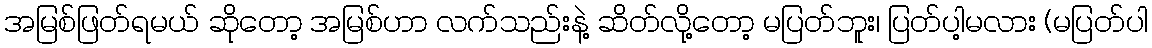
အမြစ်ဖြတ်ရမယ် ဆိုတော့ အမြစ်ဟာ လက်သည်းနဲ့ ဆိတ်လို့တော့ မပြတ်ဘူး၊ ပြတ်ပါ့မလား (မပြတ်ပါ